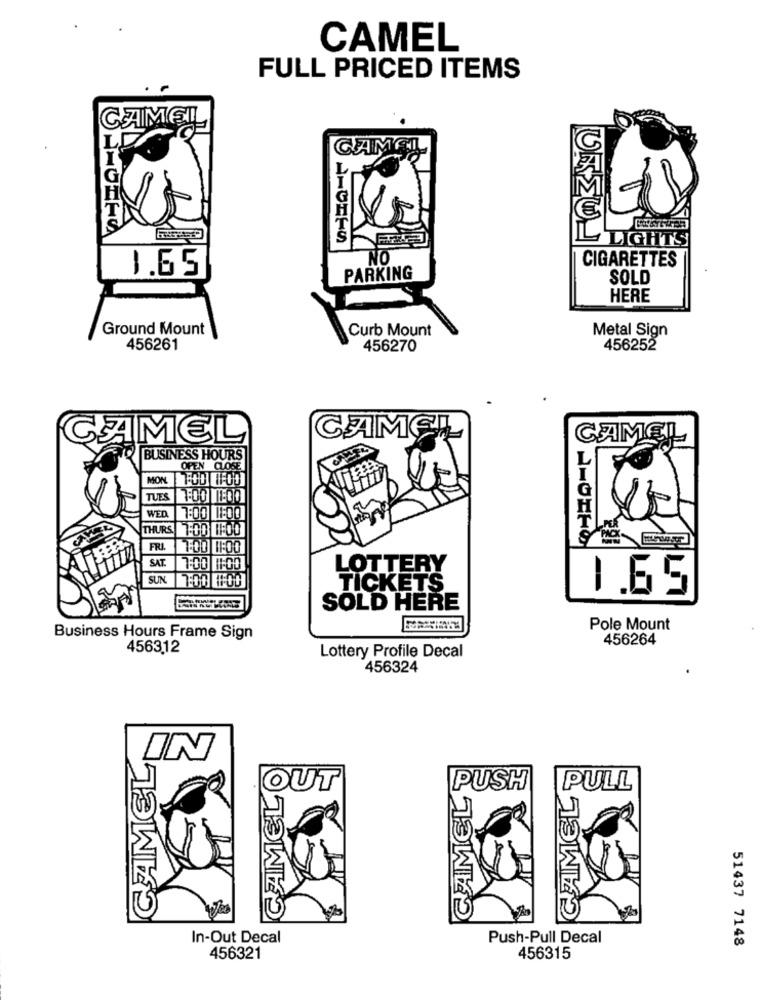
CAMEL
FULL PRICED ITEMS
CAMEL
L
CAMEL
L
H
L LIGHTS
NO
CIGARETTES
1.65
PARKING
SOLD
HERE
Ground Mount
Curb Mount
Metal Sign
456261
456270
456252
CAMEL
CAMEL
CAMEL
BUSINESS HOURS
L
OPEN CLOSE
MON.
G
TUES
WED
7:00 1:00
THURS 7:00 1.00
FRI.
SAT.
7:00 11:00
LOTTERY
SUN
TICKETS
1.65
SOLD HERE
Pole Mount
Business Hours Frame Sign
456264
4563.12
Lottery Profile Decal
456324
CAMEL
IN
CAMELO
CAMELO
CAMEL 0
OUT
PUSH
PULL
In-Out Decal
Push-Pull Decal
51437 7148
456321
456315